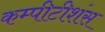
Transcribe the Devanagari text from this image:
कम्पीटीशंस